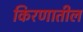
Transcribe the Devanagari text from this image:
किरणातील